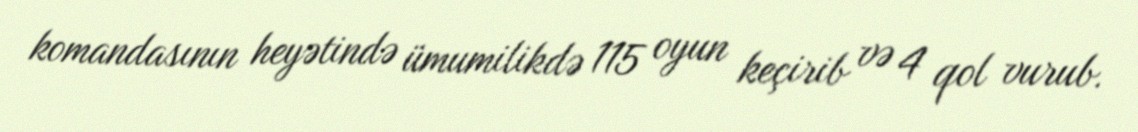
komandasının heyətində ümumilikdə 115 oyun keçirib və 4 qol vurub.